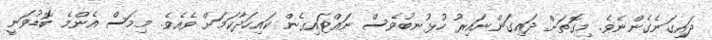
ދައިގަނެގެންނެވެ. މިގޮތަށް ދައިގަންނައިރު ހުޅުނބުވެސް ނައްޓައިގެން ކައިހަދާކަމަށް ވެއެވެ. މިމަސް އެންމެ ބޮޑުވަނީ